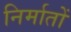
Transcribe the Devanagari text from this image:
निर्मातों